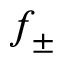
f _ { \pm }